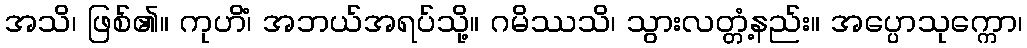
အသိ၊ ဖြစ်၏။ ကုဟိံ၊ အဘယ်အရပ်သို့။ ဂမိဿသိ၊ သွားလတ္တံ့နည်း။ အပ္ပောသုက္ကော၊